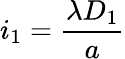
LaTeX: i_{1}=\frac{\lambda D_{1}}{a}